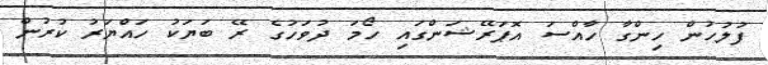
ފުލުހުން ހިންގާ ހާއްސަ އޮޕަރޭޝަންގައި ހޯމަ ދުވަހުގެ ރޭ ބަޔަކު ހައްޔަރު ކުރުން